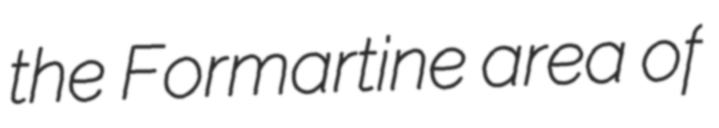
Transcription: the Formartine area of